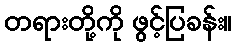
တရားတို့ကို ဖွင့်ပြခန်း။